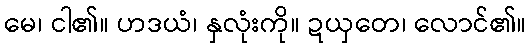
မေ၊ ငါ၏။ ဟဒယံ၊ နှလုံးကို။ ဍယှတေ၊ လောင်၏။